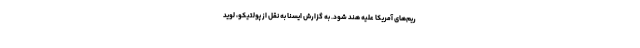
ریم‌های آمریکا علیه هند شود. به گزارش ایسنا به نقل از پولتیکو، لوید